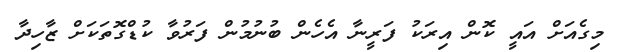
މިގެއަށް އައީ ކޮން އިރަކު ފަރީނާ އެހެން ބުނުމުން ފަރުވާ ކުޑްގޮތަކަށް ޒާހިދާ